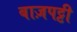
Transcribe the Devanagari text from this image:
बाज़पट्टी